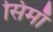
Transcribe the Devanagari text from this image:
सिमाँ